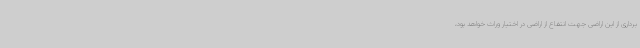
برداری از این اراضی جهت انتفاع از اراضی در اختیار وراث خواهد بود،